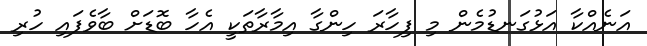
އަނެއްކާ އަޅުގަނޑުމެން މި ފިހާރަ ހިންގާ އިމާރާތަކީ އެހާ ބޮޑަށް ބާވެފައި ހުރި